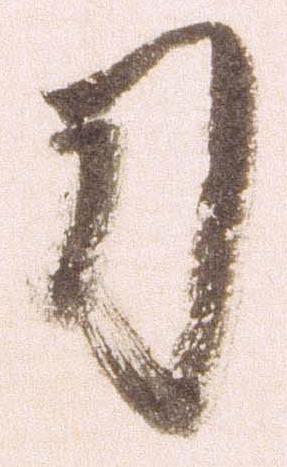
刀